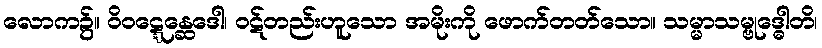
လောက၌။ ဝိဝဋ္ဋေန္ဆေဒေါ၊ ဝဋ်တည်းဟူသော အမိုးကို ဖောက်တတ်သော။ သမ္မာသမ္ဗုဒ္ဓေါတိ၊